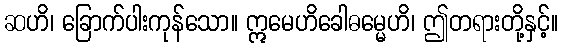
ဆဟိ၊ ခြောက်ပါးကုန်သော။ ဣမေဟိခေါဓမ္မေဟိ၊ ဤတရားတို့နှင့်။